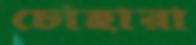
চোহারা